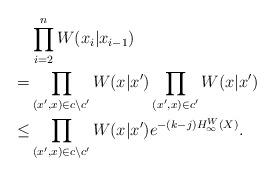
LaTeX: \begin{align*}&\prod_{i=2}^n W(x_i|x_{i-1}) \\ =& \prod_{(x^\prime,x) \in c \backslash c^\prime} W(x|x^\prime) \prod_{(x^\prime,x) \in c^\prime} W(x|x^\prime) \\ \le& \prod_{(x^\prime,x) \in c \backslash c^\prime} W(x|x^\prime) e^{- (k-j) H_\infty^W(X)}.\end{align*}